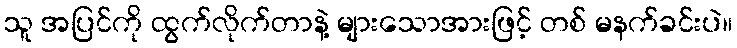
သူ အပြင်ကို ထွက်လိုက်တာနဲ့ များသောအားဖြင့် တစ် မနက်ခင်းပဲ။